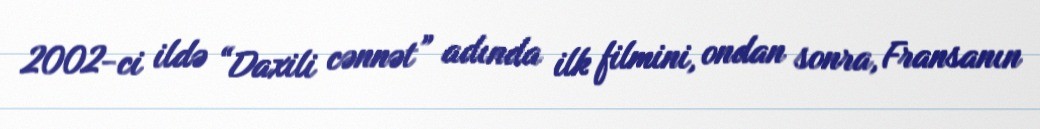
2002-ci ildə “Daxili cənnət” adında ilk filmini, ondan sonra, Fransanın